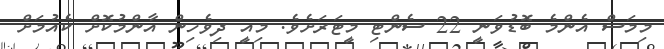
މިމަސް އެންމެ ބޮޑުވަނީ 22 ސެންޓި މީޓަރަށެވެ. މިއީ ދިވެހިން އާންމުކޮށް ކެއުމަށް